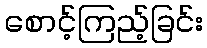
စောင့်ကြည့်ခြင်း